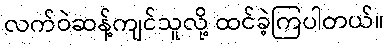
လက်ဝဲဆန့်ကျင်သူလို့ ထင်ခဲ့ကြပါတယ်။